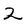
Character: 2